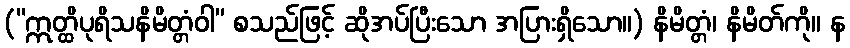
(“ဣတ္ထိပုရိသနိမိတ္တံဝါ” စသည်ဖြင့် ဆိုအပ်ပြီးသော အပြားရှိသော။) နိမိတ္တံ၊ နိမိတ်ကို။ န